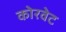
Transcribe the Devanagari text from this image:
कोरवेट